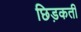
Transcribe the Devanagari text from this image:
छिड़कती